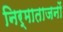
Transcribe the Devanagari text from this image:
निर्माताजनों